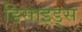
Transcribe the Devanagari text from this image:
डिसाइड्स